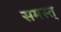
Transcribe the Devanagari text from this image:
समस्त्